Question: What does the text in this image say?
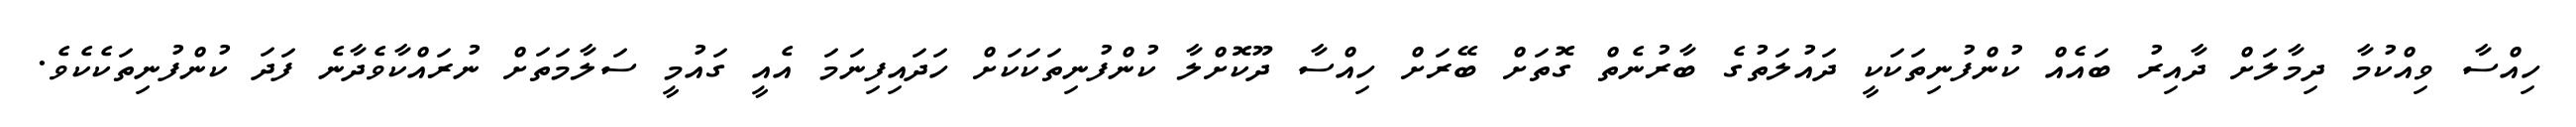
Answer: ހިއްސާ ވިއްކުމާ ދިމާލަށް ދާއިރު ބައެއް ކުންފުނިތަކަކީ ދައުލަތުގެ ބާރުނެތް ގޮތަށް ބޭރަށް ހިއްސާ ދޫކޮށްލާ ކުންފުނިތަކަކަށް ހަދައިފިނަމަ އެއީ ގައުމީ ސަލާމަތަށް ނުރައްކާވެދާނެ ފަދަ ކުންފުނިތަކެކެވެ.